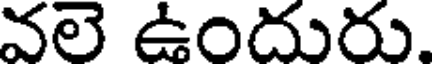
వలె ఉందురు.